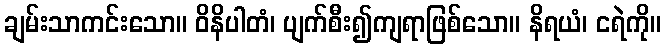
ချမ်းသာကင်းသော။ ဝိနိပါတံ၊ ပျက်စီး၍ကျရာဖြစ်သော။ နိရယံ၊ ငရဲကို။